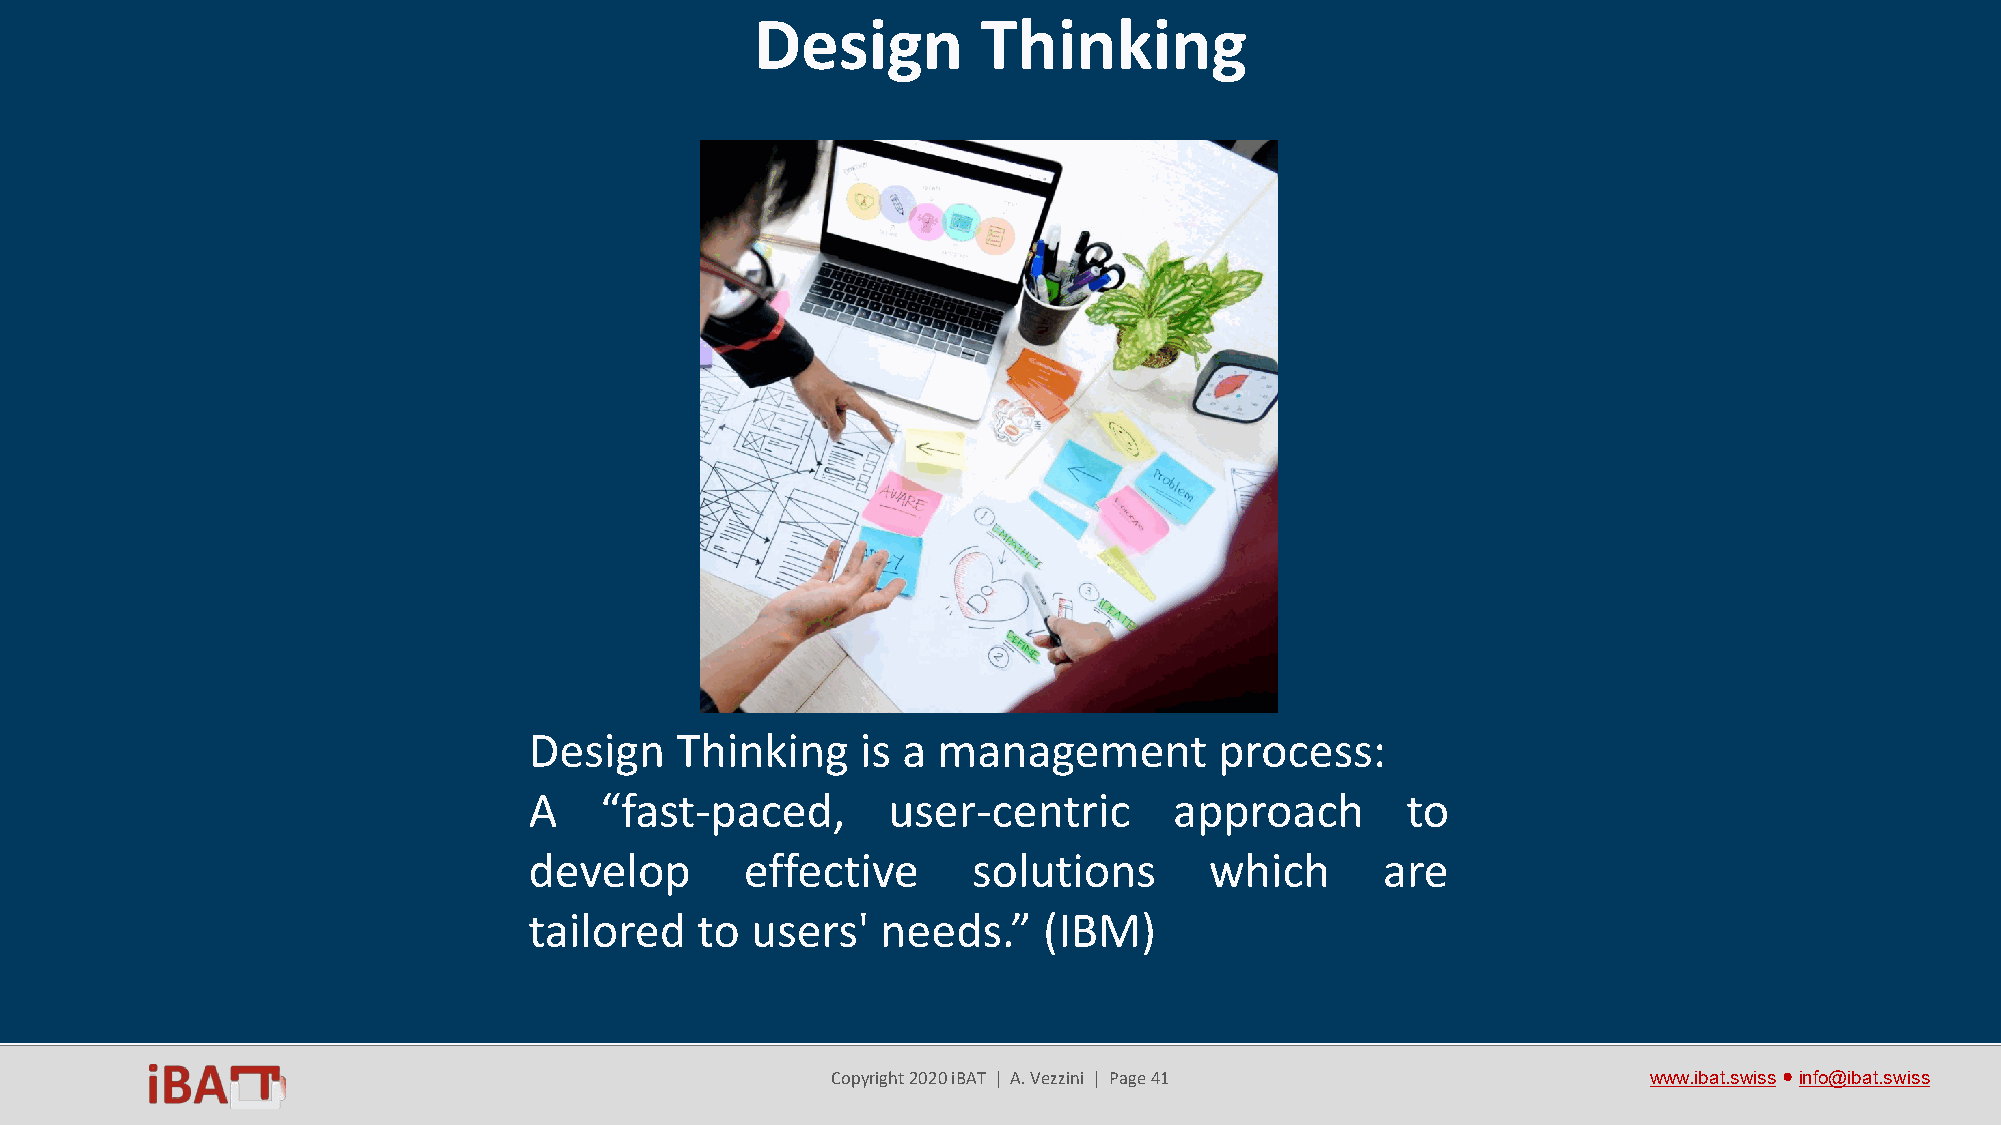
Design         Thinking
 Design    Thinking    is a management         process:
 A    “fast-paced,       user-centric       approach       to
 develop       effective      solutions       which       are
 tailored   to  users'  needs.”    (IBM)
 Copyright 2020 iBAT | A. Vezzini | Page 41            www.ibat.swiss●info@ibat.swiss